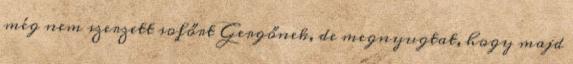
még nem szerzett sofőrt Gergőnek, de megnyugtat, hogy majd